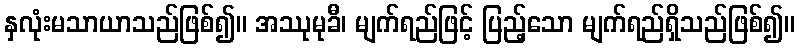
နှလုံးမသာယာသည်ဖြစ်၍။ အဿုမုခီ၊ မျက်ရည်ဖြင့် ပြည့်သော မျက်ရည်ရှိသည်ဖြစ်၍။